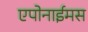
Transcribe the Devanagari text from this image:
एपोनाईमस